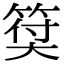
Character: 𥮯